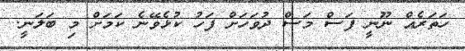
ހަތަރެއް ނޫނީ ފަސް މަސް ދުވަހަށް ފަހު ކުޅެވޭނެ ކަމަށް މި ބަލަނީ.